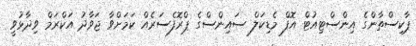
ޕާކިސްތާންގެ އިންސްޓިއުޓް އޮފް މެޑިކަލް ސައިންސްގެ ޕްރޮފެސަރެއް ކަމަށްވާ ޖަވާދު އަކްރަމް ވިދާޅުވީ